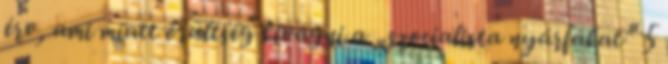
érv, ami miatt őrültség kivágni a „szocialista nyárfákat” 5